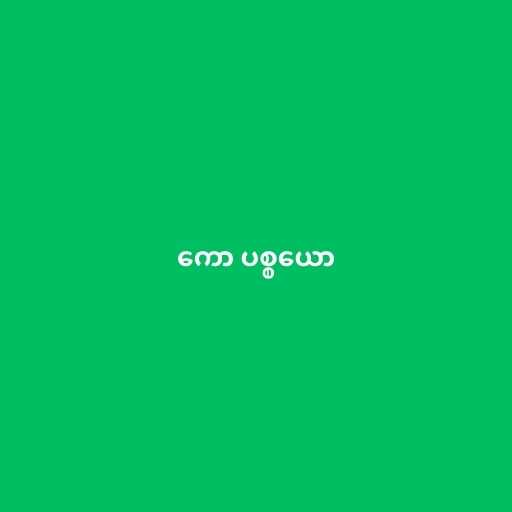
ကော ပစ္စယော